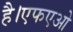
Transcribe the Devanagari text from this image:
है।एफएओ